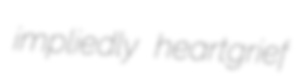
impliedly heartgrief